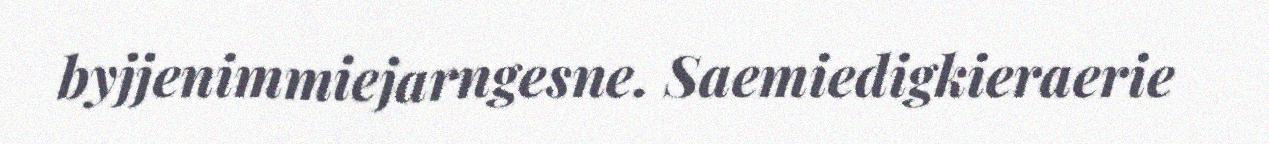
byjjenimmiejarngesne. Saemiedigkieraerie